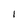
Character: 1